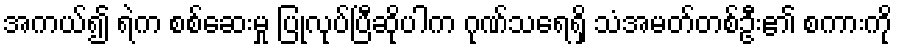
အကယ်၍ ရဲက စစ်ဆေးမှု ပြုလုပ်ပြီဆိုပါက ဂုဏ်သရေရှိ သံအမတ်တစ်ဦး၏ စကားကို